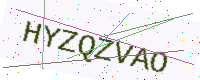
Text: HYZQZVAO